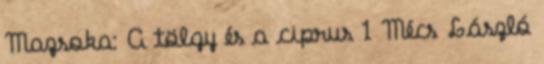
Mazsoka: A tölgy és a ciprus 1 Mécs László